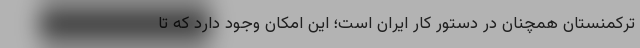
ترکمنستان همچنان در دستور کار ایران است؛ این امکان وجود دارد که تا